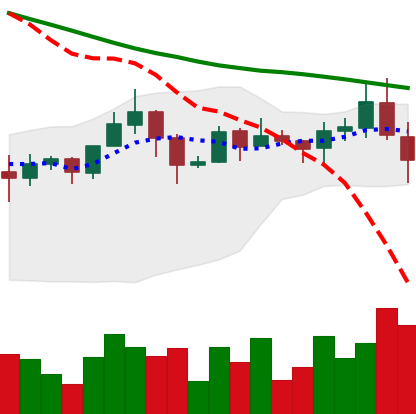
Ticker: ADA-USD
Chart end date: 2019-11-19
Forward return: -16.346%
Label: down_7plus